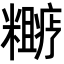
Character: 𬖼